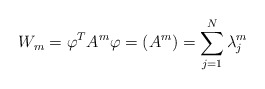
\begin{align*}W_{m}=\varphi^{T}A^{m}\varphi=\left( A^{m}\right) =\sum_{j=1}^{N}\lambda_{j}^{m} \end{align*}